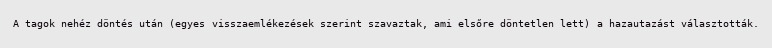
A tagok nehéz döntés után (egyes visszaemlékezések szerint szavaztak, ami elsőre döntetlen lett) a hazautazást választották.